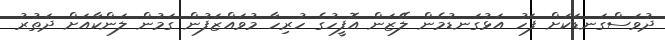
ދުވަސްގަނޑަކަށް ފަހު އަޅުގަނޑުމެން ލޭޒަން އޮފީހުގެ ހުރިހާ މުވައްޒަފުން ގަމުން ލަންކާއަށް ދަތުރު